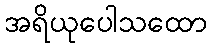
အရိယုပေါသထော